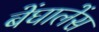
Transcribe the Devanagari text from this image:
बेंघालेंस